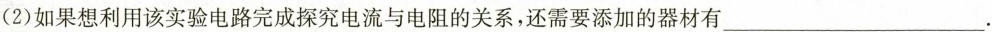
(2)如果想利用该实验电路完成探究电流与电阻的关系，还需要添加的器材有___.